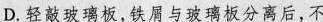
D.轻敲玻璃板，铁屑与玻璃板分离后，不受摩擦力，铁屑在磁力作用下排列有序